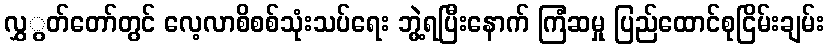
လွှွတ်တော်တွင် လေ့လာစိစစ်သုံးသပ်ရေး ဘွဲ့ရပြီးနောက် ကြံဆမှု ပြည်ထောင်စုငြိမ်းချမ်း